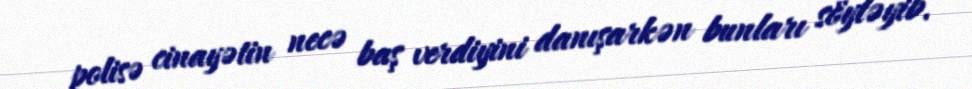
polisə cinayətin necə baş verdiyini danışarkən bunları söyləyib.